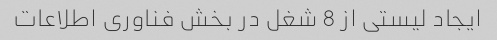
ایجاد لیستی از 8 شغل در بخش فناوری اطلاعات